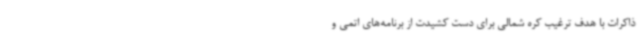
ذاکرات با هدف ترغیب کره شمالی برای دست کشیدت از برنامه‌های اتمی و